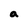
Character: a